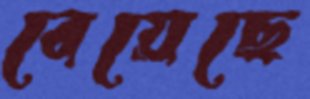
বেয়েছে